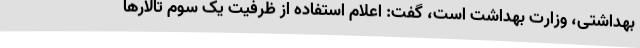
بهداشتی، وزارت بهداشت است، گفت: اعلام استفاده از ظرفیت یک سوم تالارها